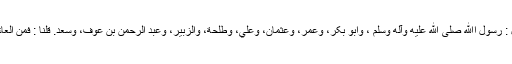
فَقَالَ : رَسُوْلُ اﷲِ صلی الله عليه وآله وسلم ، وَابُوْ بَکْرٍ، وَعُمَرُ، وَعُثْمَانُ، وَعَلِيٌّ، وَطَلْحَةُ، وَالزُّبَيْرُ، وَعَبْدُ الرَّحْمٰنِ بْنُ عَوْفٍ، وَسَعْدٌ. قُلْنَا : فَمَنِ الْعَاشِرُ؟